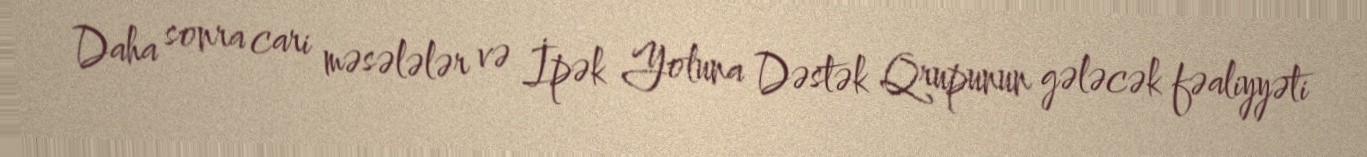
Daha sonra cari məsələlər və İpək Yoluna Dəstək Qrupunun gələcək fəaliyyəti